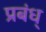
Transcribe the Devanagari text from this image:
प्रबंध्